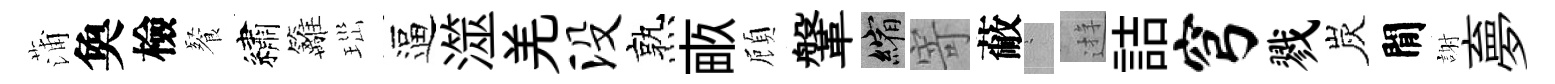
蒲奐檢餐繡籬𤤼逼澨羌没熟畞頋鞶縮寄蔽搖逰詰穹戮炭閒謝夣